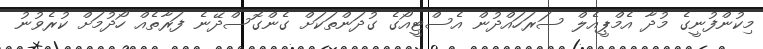
މިކުންފުނީގެ މުދާ އެމްޕީއެލް ސަރަހައްދުން އެސްޓީއޯގެ ގުދަންތަކަށް ގެންގޮސްދޭނެ ފަރާތެއް ހޯދުމަށް ކުރެވުނު